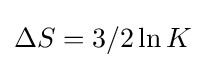
\Delta S=3/2\ln K